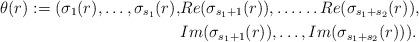
LaTeX: \begin{align*}\theta(r) := (\sigma_1(r), \ldots, \sigma_{s_1}(r), & Re(\sigma_{s_1+1}(r)), \ldots \ldots Re(\sigma_{s_1 + s_2}(r)),\\& Im(\sigma_{s_1 + 1}(r)), \ldots, Im(\sigma_{s_1+s_2}(r)) ).\end{align*}